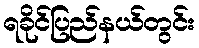
ရခိုင်ပြည်နယ်တွင်း